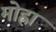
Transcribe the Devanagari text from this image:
मोह्रा